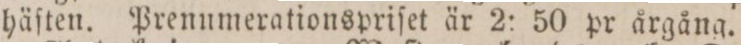
häſten. Prenumerationspriſet är 2: 50 pr årgång.